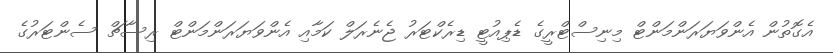
އެގޮތުން އެންވަޔަރަންމަންޓް މިނިސްޓްރީގެ ޑެޕިއުޓީ ޑިރެކްޓަރު ޖެނެރަލް ކަމާއި އެންވަޔަރަންމަންޓް ރިސާޗް ސެންޓަރުގެ